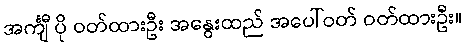
အင်္ကျီ ပို ဝတ်ထားဦး အနွေးထည် အပေါ်ဝတ် ဝတ်ထားဦး။